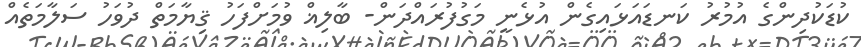
ކުޑަކުދިންގެ އުމުރު ކަނޑައަޅައިގެން އުޅެނީ މަގުފުރައްދަން- ބާލިޣް ވުމަށްފަހު ޤިޔާމަތް ދުވަހު ސަލާމަތެއް